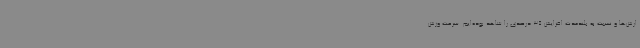
ارش‌ها و نسبت به بلندمدت افزایش 35 درصدی را شاهد بوده‌ایم. سرعت وزش